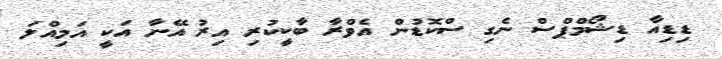
ޑިޑިއާ ޑިޝޯމްޕްސް ނެގި ސްކޮޑުން އެވްރާ ބާކީކުރި އިރު އޭނާ އަކީ އަމިއްލަ